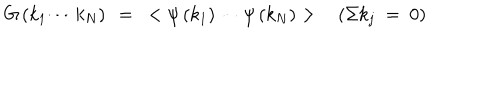
G \left( k _ { 1 } \cdots k _ { N } \right) ~ = ~ < \psi \left( k _ { 1 } \right) \cdots \psi \left( k _ { N } \right) > \left( \Sigma k _ { j } ~ = ~ 0 \right)